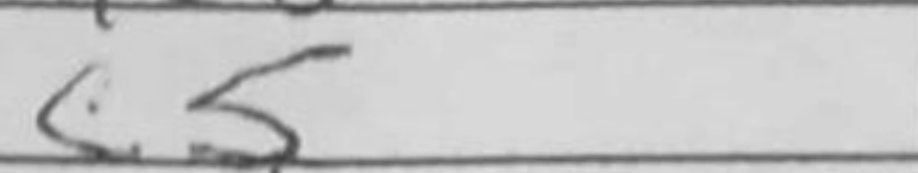
Transcription: c5